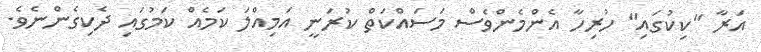
އަރާ "ކިކުގައި" ހުރިހާ އެންމެންވެސް މަސައްކަތް ކުރަނީ އަމިއްލަ ކަމެއް ކަމުގައި ދެކިގެންނެވެ.